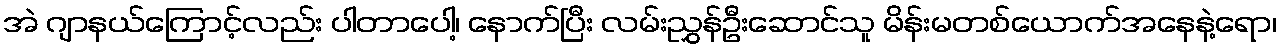
အဲ ဂျာနယ်ကြောင့်လည်း ပါတာပေါ့၊ နောက်ပြီး လမ်းညွှန်ဦးဆောင်သူ မိန်းမတစ်ယောက်အနေနဲ့ရော၊